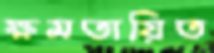
ক্ষমতায়িত